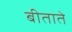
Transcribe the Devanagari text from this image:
बीताते